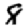
Digit: 8